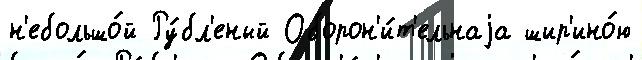
н'ебольшо́й Ру́бл'еный Оборон'и́т'ельнаjа шир'ино́ю